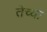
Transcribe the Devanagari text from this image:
तेच्या